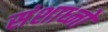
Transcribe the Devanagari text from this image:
संशाध्नो